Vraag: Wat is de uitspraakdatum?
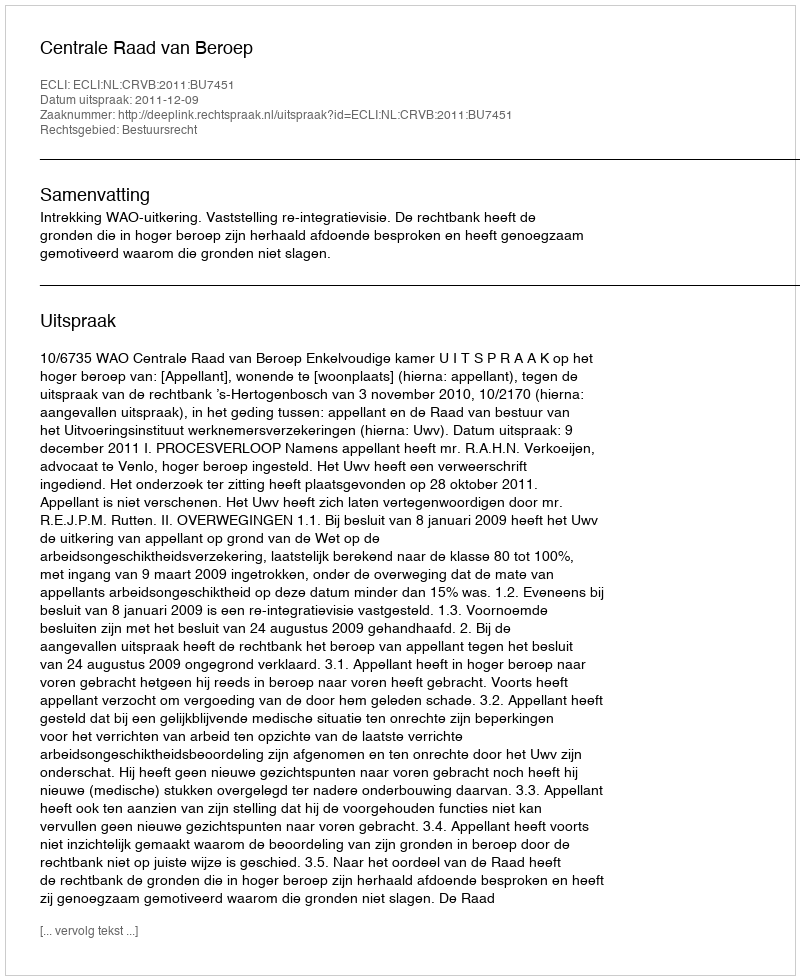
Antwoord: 2011-12-09